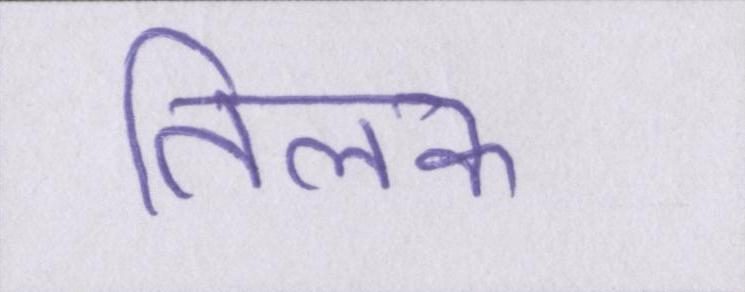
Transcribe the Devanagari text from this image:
तिलक